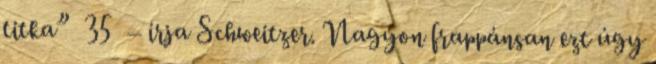
titka” 35 – írja Schweitzer. Nagyon frappánsan ezt úgy